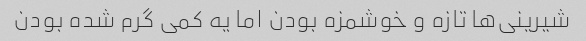
شیرینی‌ها تازه و خوشمزه بودن اما یه کمی گرم شده بودن